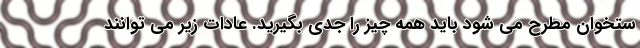
ستخوان مطرح می شود باید همه چیز را جدی بگیرید. عادات زیر می توانند